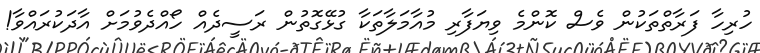
ހުރިހާ ފަރާތްތަކުން ވެސް ކޮންމެ ވިޔަފާރި މުއާމަލާތަކާ ގުޅޭގޮތުން ރަސީދެއް ހޯއްދެވުމަށް އާދަކުރައްވާ!